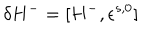
\delta H ^ { - } = [ H ^ { - } , \epsilon ^ { s , 0 } ]